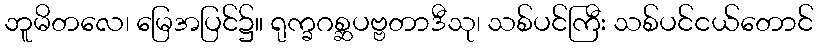
ဘူမိတလေ၊ မြေအပြင်၌။ ရုက္ခဂစ္ဆပဗ္ဗတာဒီသု၊ သစ်ပင်ကြီး သစ်ပင်ငယ်တောင်